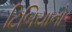
ટિબિયાનો